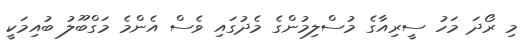
މި ރޯދަ މަހު ސީރިއާގެ މުސްލިމުންގެ މެދުގައި ވެސް އެންމެ މަގްބޫލު ބުއިމަކީ